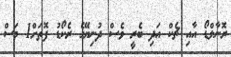
ރޮނާލްޑޯ އާއި ޗެކް އަދި ބެރީ ވެސް ދުނިޔޭގެ ރެކޯޑު ފޮތަށް1 މަސް